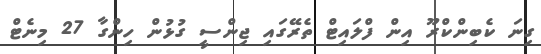
ގިނަ ކެބިންކްރޫ އިން ފްލައިޓް ތެރޭގައި ޖިންސީ ގުޅުން ހިންގާ 27 މިނެޓް